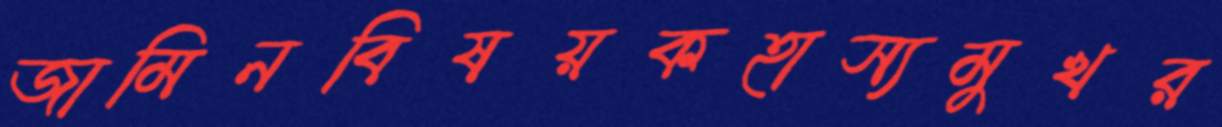
জামিনবিষয়কহাস্যমুখর